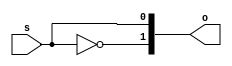
module DecoderMod(s, o);
	input [0:0] s;
	output [0:1] o;

	not(o[0], s[0]);
	assign o[1] = s[0];
endmodule

module MuxMod(s, d, o);
	input s;
	input [0:1] d;
	output o;

	wire[0:1] s_decoded, and_out;
	DecoderMod my_decoder(s, s_decoded);

	and(and_out[0], d[0], s_decoded[0]);
	and(and_out[1], d[1], s_decoded[1]);
	or(o, and_out[0], and_out[1]);
endmodule

module TestMod;
	reg s;
	reg [0:1] d;
	wire o;

	MuxMod my_mux(s, d, o);

	initial begin
		$display("Time\ts\td0\td1\to");
		$display("-------------------------------");
		$monitor("%0d\t%b\t%b\t%b\t%b", $time, s, d[0], d[1], o);
	end

	initial begin
		s = 0; d[0] = 0; d[1] = 0; #1;
		s = 0; d[0] = 0; d[1] = 1; #1;
		s = 0; d[0] = 1; d[1] = 0; #1;
		s = 0; d[0] = 1; d[1] = 1; #1;
		s = 1; d[0] = 0; d[1] = 0; #1;
		s = 1; d[0] = 0; d[1] = 1; #1;
		s = 1; d[0] = 1; d[1] = 0; #1;
		s = 1; d[0] = 1; d[1] = 1; #1;
	end
endmodule